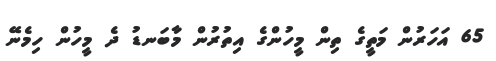
65 އަހަރުން މަތީގެ ތިން މީހުންގެ އިތުރުން މާބަނޑު ދެ މީހުން ހިމެނޭ